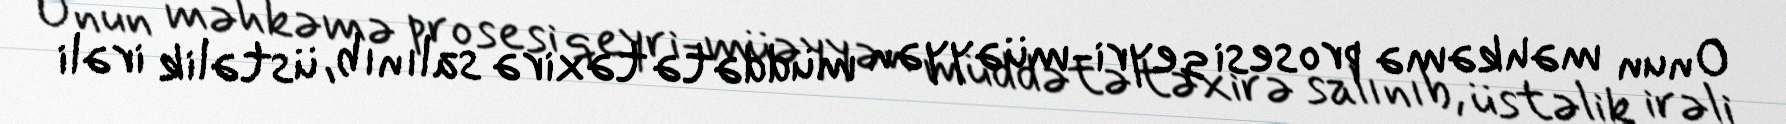
Onun məhkəmə prosesi qeyri-müəyyən müddətə təxirə salınıb, üstəlik irəli